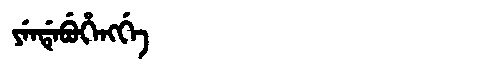
Manchu: ᠶᡝᠨᡩᡝᠪᡠᡥᡝᠩᡤᡝ
Romanization: YENDEBUHENGGE